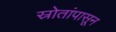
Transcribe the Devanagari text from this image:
स्रोतांपासून